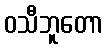
ဝသီဘူတော